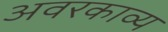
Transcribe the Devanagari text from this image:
अवरकाव्य